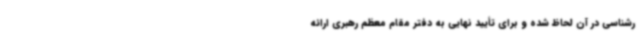
رشناسی در آن لحاظ شده و برای تأیید نهایی به دفتر مقام معظم رهبری ارائه